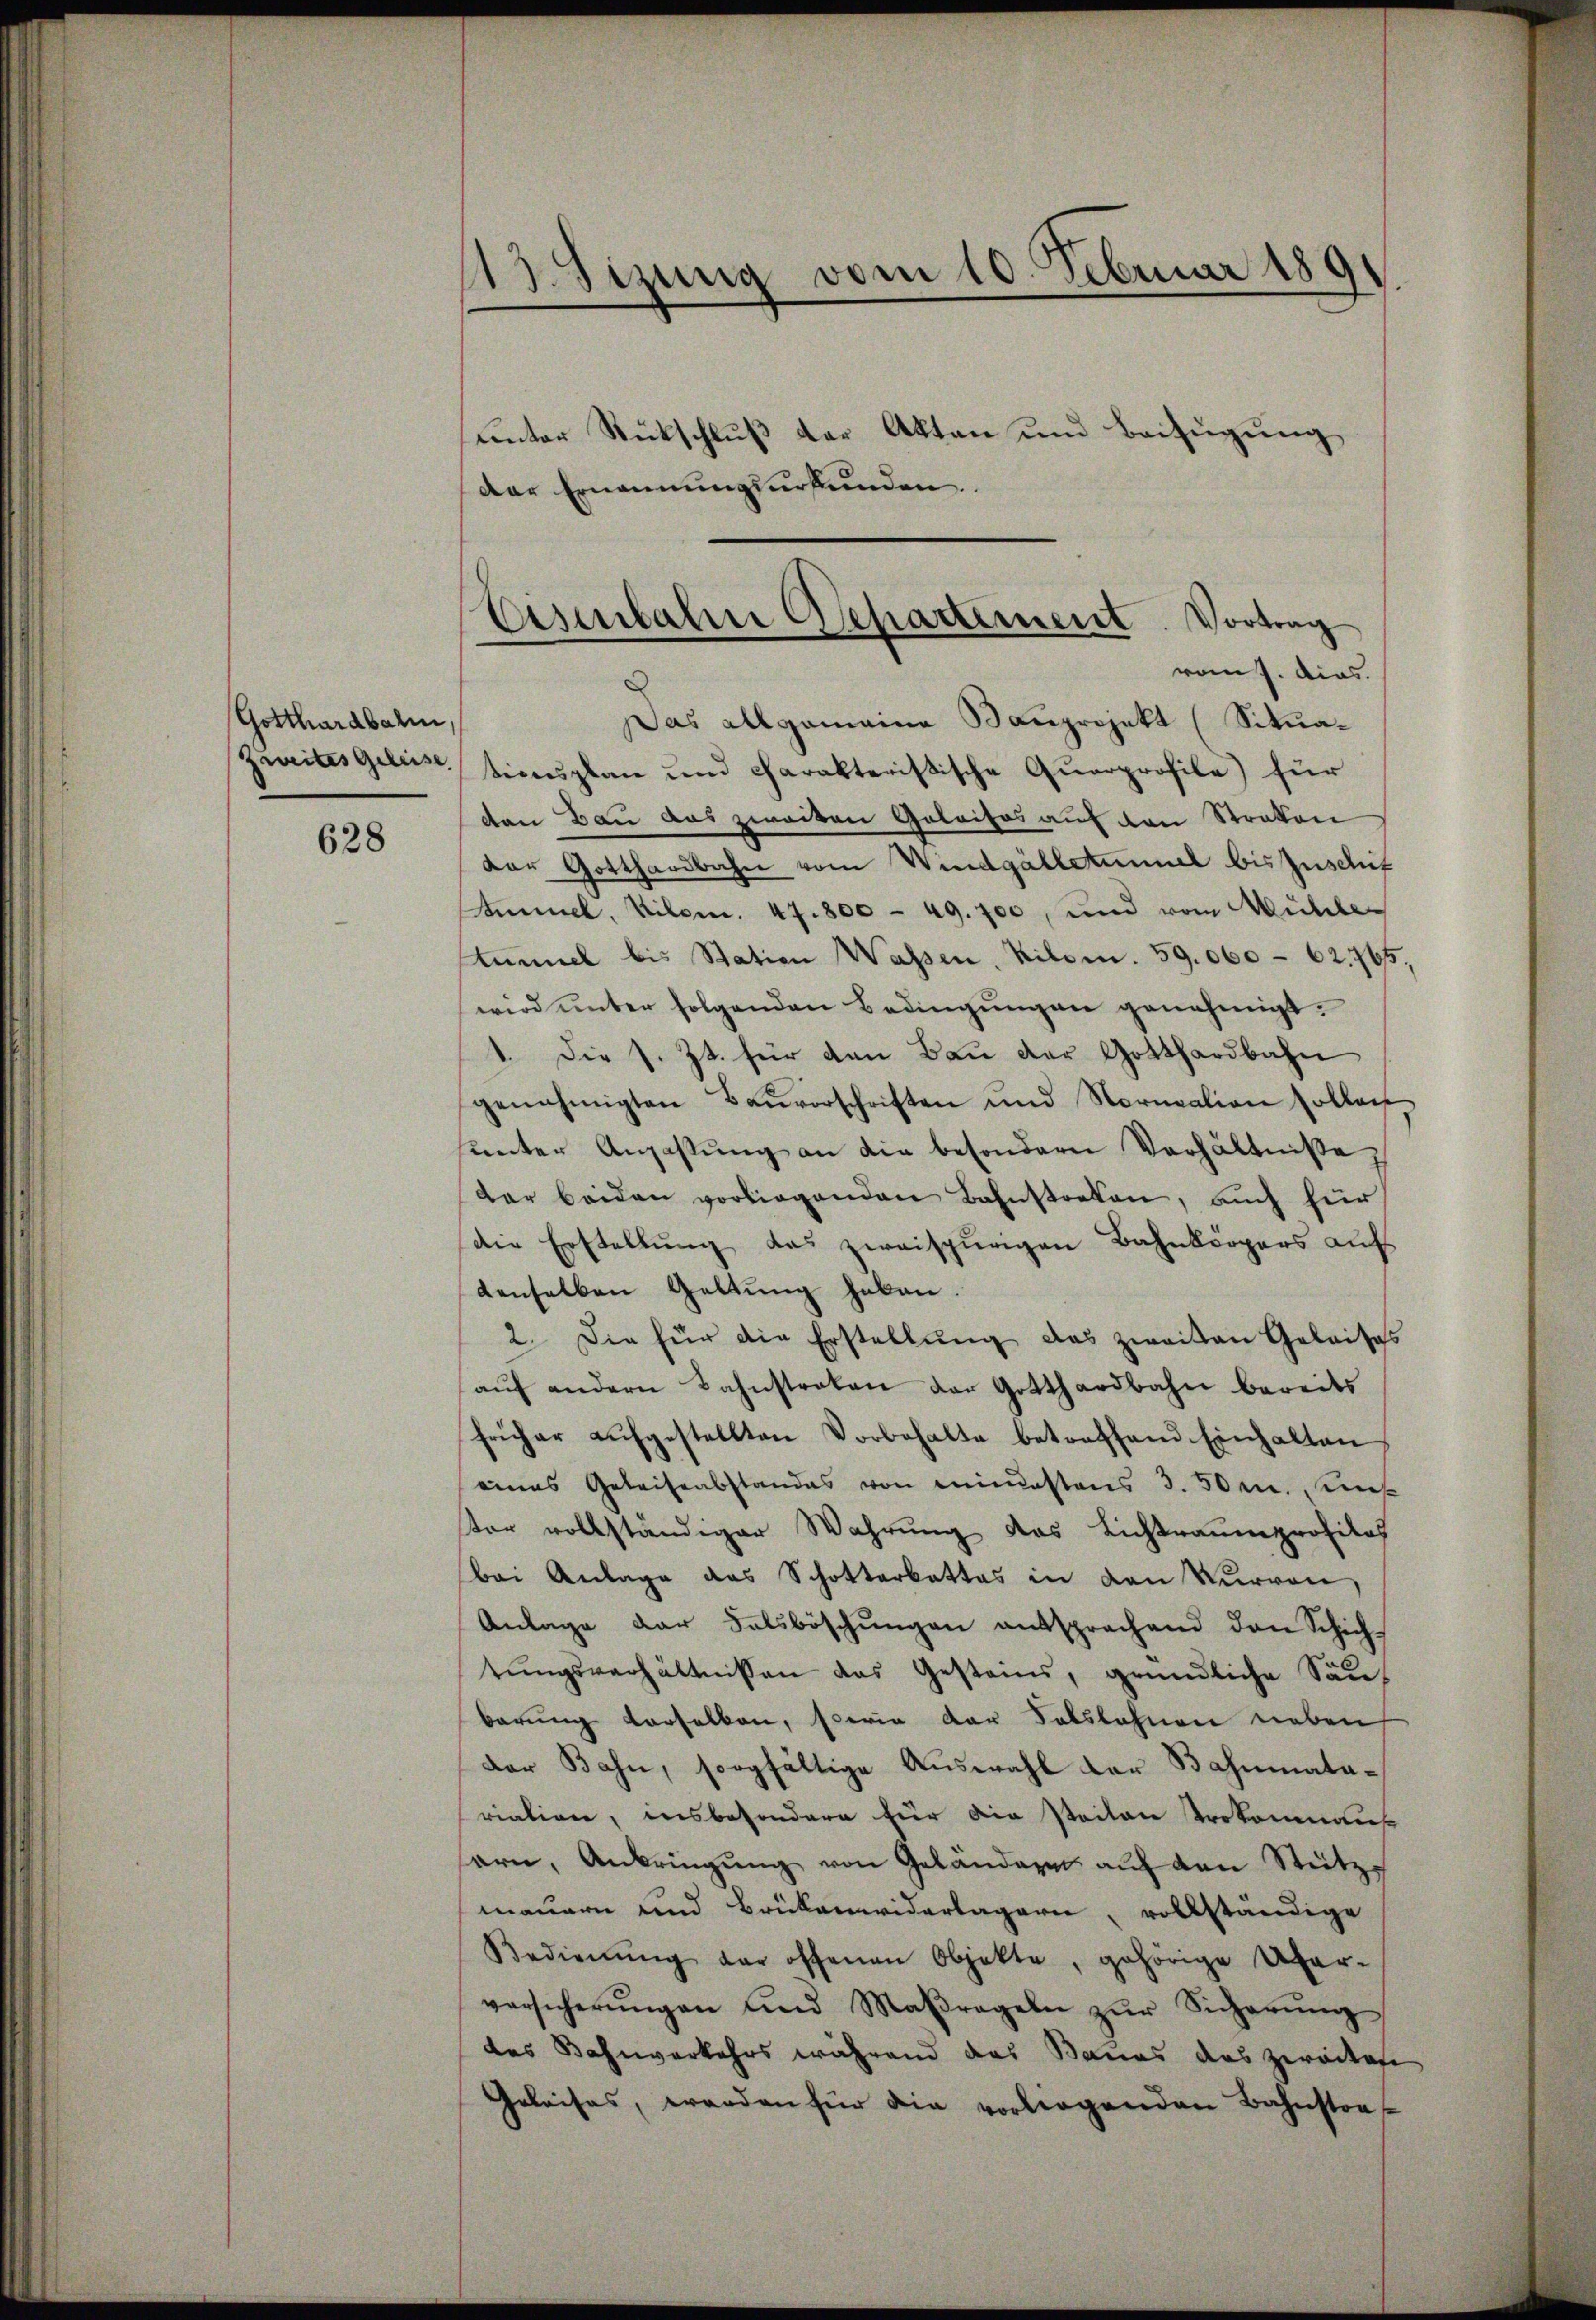
Gotthardbahn,
Zweites Geleise

628

unter Rückschluß der Akten und Beifügung
der Ernennungsurkunden.

13. Sizung vom 10. Februar 189

Eisenbahn Gsepartement. Vortrag
vom 7. dias.

Das allgemeine Bauprojekt (Situationsplan und charakteristische Querprofile) für
ton Bau das zweiten Golaisos auf den Straten
dor Gotthardbahn vom Windgähletimmel bis Zuschit
Ammel, Kilom. 47. 800 - 49. 700, und vom Mühle
tümmel bis Station Wassen, Kilom. 59. 060 - 62. 765,
wird unter folgenden Bedingungen genehmigt.
1. Die s. Zt. für den Bau der Gotthardbahn
genehmigten Baŭvorschriften und Normation sollen
unter Angastŭng an die besondern Verhältnisse,
dar beiden vorliegenden Bahnstocken, auch für
die Erstellung das zweispurigen Bahnkörpers aufs
denselben Geltung haben.
2. Die für die Erstellung das zweiten Geleises
aŭf andern Bahnstraten der Gotthardbahn bereits
früher aufgestellten Vorbehalte betreffend Einhalten
eines Geleiseabstandes von einenstens 3. 50 r. unt
ter vollständiger Wahrŭng des Lichtraumprofilos
bei Anlage das Schotterbattes in den Vervon,
Anlage der Felsböschŭngen entsprechend den Schich-
tŭngsverhältnissen das Gestand, gründliche Sanbarung derselben, sowie der Salslehnen neben
Der Bahn, sorgfältige Auswahl der Bahnmatariation, insbesondere für die steilen Trokonanz
arn, Anbringŭng von Geländern aŭf den Stütz
mauern und Brükenwiderlagern, vollständige
Bedienŭng der offenen Objekte, gehörige Über-
versicherŭngen und Maßregeln zŭr Sicherŭng
des Bahnverkehrs während das Baues das zweiten
Geleises, werden für die vorliegenden Bahnstra-